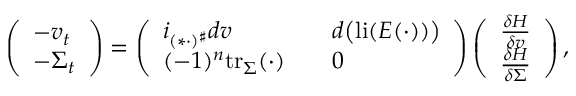
\begin{array} { r l } & { \left( \begin{array} { l } { - v _ { t } } \\ { - \Sigma _ { t } } \end{array} \right) = \left( \begin{array} { l l } { i _ { ( \ast \cdot ) ^ { \sharp } } d v \quad } & { d \big ( \mathrm { l i } ( E ( \cdot ) ) \big ) } \\ { ( - 1 ) ^ { n } \mathrm { t r } _ { \Sigma } ( \cdot ) \quad } & { 0 } \end{array} \right) \left( \begin{array} { l } { \frac { \delta H } { \delta v } } \\ { \frac { \delta H } { \delta \Sigma } } \end{array} \right) , } \end{array}